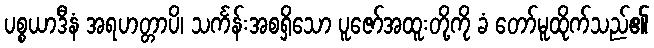
ပစ္စယာဒီနံ အရဟတ္တာပိ၊ သင်္ကန်းအစရှိသော ပူဇော်အထူးတို့ကို ခံ တော်မူထိုက်သည်၏